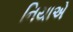
નિયાએ